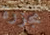
مجزرة